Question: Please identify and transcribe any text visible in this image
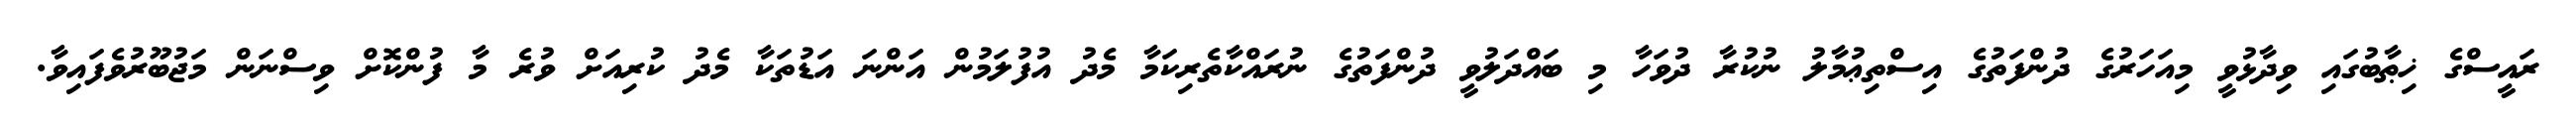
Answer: ރައީސްގެ ޚިޠާބުގައި ވިދާޅުވީ މިއަހަރުގެ ދުންފަތުގެ އިސްތިޢުމާލު ނުކުރާ ދުވަހާ މި ބައްދަލުވީ ދުންފަތުގެ ނުރައްކާތެރިކަމާ މެދު އުފުލަމުން އަންނަ އަޑުތަކާ މެދު ކުރިއަށް ވުރެ މާ ފުންކޮށް ވިސްނަން މަޖުބޫރުވެފައިވާ.